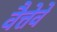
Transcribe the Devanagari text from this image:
वैत्तेवे